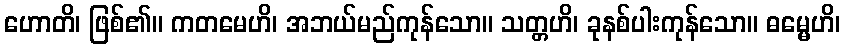
ဟောတိ၊ ဖြစ်၏။ ကတမေဟိ၊ အဘယ်မည်ကုန်သော။ သတ္တဟိ၊ ခုနစ်ပါးကုန်သော။ ဓမ္မေဟိ၊